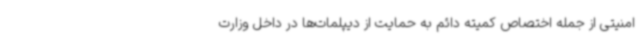
امنیتی از جمله اختصاص کمیته دائم به حمایت از دیپلمات‌ها در داخل وزارت